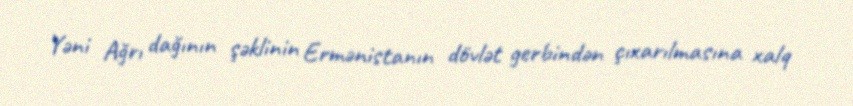
Yəni Ağrı dağının şəklinin Ermənistanın dövlət gerbindən çıxarılmasına xalq